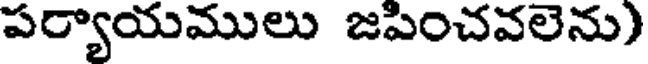
పర్యాయములు జపించవలెను)